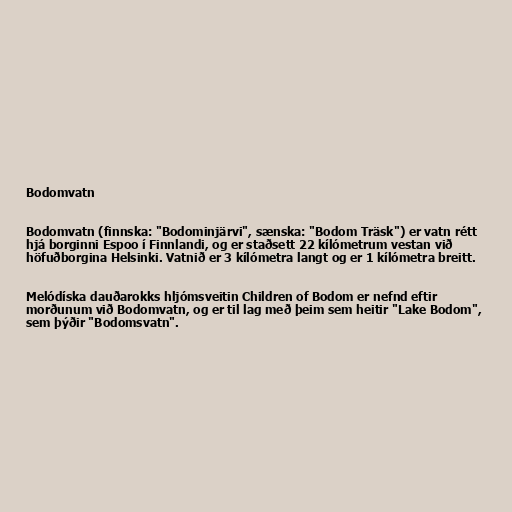
Bodomvatn

Bodomvatn (finnska: "Bodominjärvi", sænska: "Bodom Träsk") er vatn rétt
hjá borginni Espoo í Finnlandi, og er staðsett 22 kílómetrum vestan við
höfuðborgina Helsinki. Vatnið er 3 kílómetra langt og er 1 kílómetra breitt.

Melódíska dauðarokks hljómsveitin Children of Bodom er nefnd eftir
morðunum við Bodomvatn, og er til lag með þeim sem heitir "Lake Bodom",
sem þýðir "Bodomsvatn".